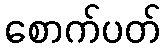
စောက်ပတ်